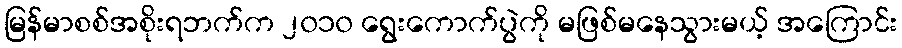
မြန်မာစစ်အစိုးရဘက်က ၂၀၁၀ ရွေးကောက်ပွဲကို မဖြစ်မနေသွားမယ့် အကြောင်း